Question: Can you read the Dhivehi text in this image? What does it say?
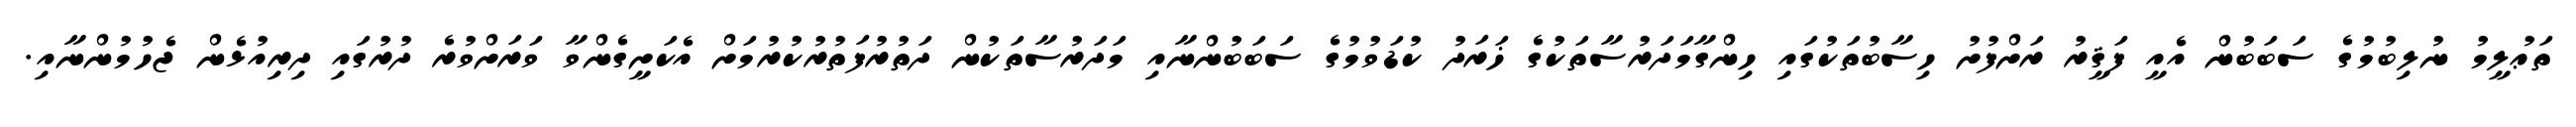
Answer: ތަޢުލީމު ނުލިބުމުގެ ސަބަބުން އެއީ ފަޤީރު ރަށްފުށު ހިސާބުތަކުގައި ހިންގާމަދަރުސާތަކުގެ ޚަރަދު ކުޑަވުމުގެ ސަބަބުންނާއި މަދަރުސާތަކުން ދަތުރުފަތުރުކުރުމަށް އެކަށީގެންވާ ވަރަށްވުރެ ދުރުގައި ދިރިއުޅެން ޖެހުމުންނާއި.